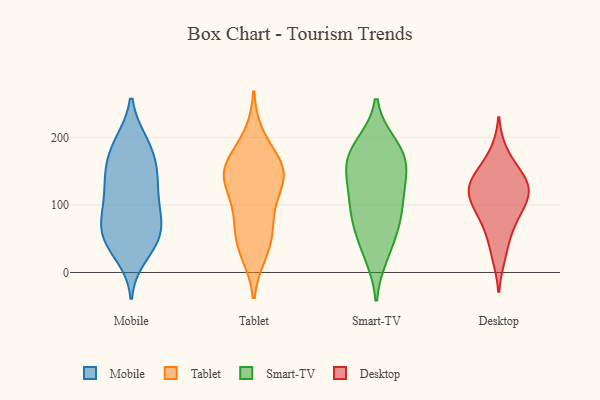
{"axis": {"x": "Operating Costs (USD K)", "y": "Value"}, "legend": ["Desktop", "Mobile", "Smart-TV", "Tablet"], "data": [{"x": "", "y": 157, "type": "Mobile"}, {"x": "", "y": 50, "type": "Mobile"}, {"x": "", "y": 25, "type": "Mobile"}, {"x": "", "y": 193, "type": "Mobile"}, {"x": "", "y": 192, "type": "Mobile"}, {"x": "", "y": 56, "type": "Mobile"}, {"x": "", "y": 144, "type": "Mobile"}, {"x": "", "y": 101, "type": "Mobile"}, {"x": "", "y": 193, "type": "Mobile"}, {"x": "", "y": 87, "type": "Mobile"}, {"x": "", "y": 82, "type": "Mobile"}, {"x": "", "y": 43, "type": "Mobile"}, {"x": "", "y": 122, "type": "Mobile"}, {"x": "", "y": 59, "type": "Mobile"}, {"x": "", "y": 105, "type": "Mobile"}, {"x": "", "y": 42, "type": "Mobile"}, {"x": "", "y": 132, "type": "Mobile"}, {"x": "", "y": 71, "type": "Mobile"}, {"x": "", "y": 156, "type": "Mobile"}, {"x": "", "y": 159, "type": "Mobile"}, {"x": "", "y": 150, "type": "Tablet"}, {"x": "", "y": 31, "type": "Tablet"}, {"x": "", "y": 199, "type": "Tablet"}, {"x": "", "y": 95, "type": "Tablet"}, {"x": "", "y": 42, "type": "Tablet"}, {"x": "", "y": 147, "type": "Tablet"}, {"x": "", "y": 54, "type": "Tablet"}, {"x": "", "y": 149, "type": "Tablet"}, {"x": "", "y": 133, "type": "Tablet"}, {"x": "", "y": 84, "type": "Tablet"}, {"x": "", "y": 160, "type": "Tablet"}, {"x": "", "y": 146, "type": "Tablet"}, {"x": "", "y": 140, "type": "Smart-TV"}, {"x": "", "y": 132, "type": "Smart-TV"}, {"x": "", "y": 100, "type": "Smart-TV"}, {"x": "", "y": 183, "type": "Smart-TV"}, {"x": "", "y": 77, "type": "Smart-TV"}, {"x": "", "y": 162, "type": "Smart-TV"}, {"x": "", "y": 26, "type": "Smart-TV"}, {"x": "", "y": 167, "type": "Smart-TV"}, {"x": "", "y": 123, "type": "Smart-TV"}, {"x": "", "y": 37, "type": "Smart-TV"}, {"x": "", "y": 82, "type": "Smart-TV"}, {"x": "", "y": 75, "type": "Smart-TV"}, {"x": "", "y": 189, "type": "Smart-TV"}, {"x": "", "y": 175, "type": "Smart-TV"}, {"x": "", "y": 112, "type": "Desktop"}, {"x": "", "y": 114, "type": "Desktop"}, {"x": "", "y": 145, "type": "Desktop"}, {"x": "", "y": 82, "type": "Desktop"}, {"x": "", "y": 56, "type": "Desktop"}, {"x": "", "y": 24, "type": "Desktop"}, {"x": "", "y": 141, "type": "Desktop"}, {"x": "", "y": 125, "type": "Desktop"}, {"x": "", "y": 111, "type": "Desktop"}, {"x": "", "y": 177, "type": "Desktop"}, {"x": "", "y": 85, "type": "Desktop"}, {"x": "", "y": 136, "type": "Desktop"}]}